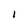
Character: I